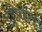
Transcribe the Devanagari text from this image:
डंगियोन्स